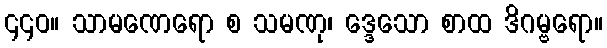
၄၄၀။ သာမဏေရော စ သမဏု၊ ဒ္ဒေသော စာထ ဒိဂမ္ဗရော။